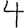
Digit: 4